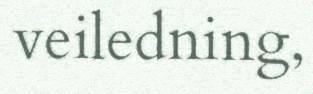
veiledning,